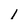
Character: 1